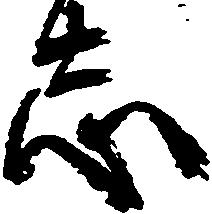
志